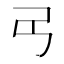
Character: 𢎠